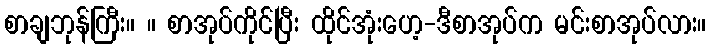
စာချဘုန်ကြီး။ ။ စာအုပ်ကိုင်ပြီး ထိုင်အုံးဟေ့-ဒီစာအုပ်က မင်းစာအုပ်လား။